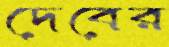
দেবের